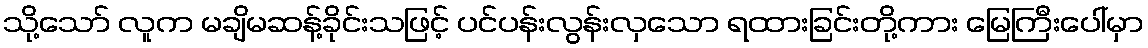
သို့သော် လူက မချိမဆန့်ခိုင်းသဖြင့် ပင်ပန်းလွန်းလှသော ရထားခြင်းတို့ကား မြေကြီးပေါ်မှာ